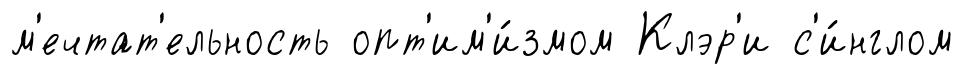
м'ечтат'ельность опт'им'и́змом Клэр'и с'и́нглом